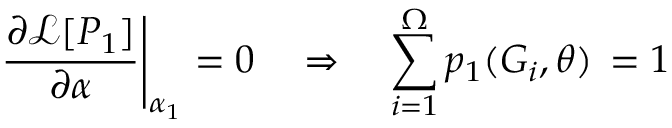
\left. \frac { \partial \mathcal { L } [ P _ { 1 } ] } { \partial \alpha } \right| _ { \alpha _ { 1 } } = 0 \quad \Rightarrow \quad \sum _ { i = 1 } ^ { \Omega } p _ { 1 } ( G _ { i } , \theta ) \, = 1